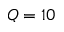
Q = 1 0